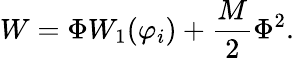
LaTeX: W=\Phi W_{1}(\varphi_{i})+\frac{M}{2}\Phi^{2}.